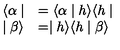
\begin{array} { l l } { \langle \alpha \mid } & { = \langle \alpha \mid h \rangle \langle h \mid } \\ { \mid \beta \rangle } & { = \mid h \rangle \langle h \mid \beta \rangle } \\ \end{array}